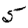
Digit: 5